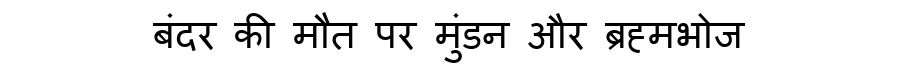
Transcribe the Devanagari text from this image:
बंदर की मौत पर मुंडन और ब्रह्मभोज